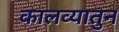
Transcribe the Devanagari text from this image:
कालव्यातुन